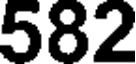
582